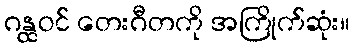
ဂန္ထဝင် တေးဂီတကို အကြိုက်ဆုံး။